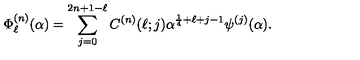
\Phi _ { \ell } ^ { ( n ) } ( \alpha ) = \sum _ { j = 0 } ^ { 2 n + 1 - \ell } C ^ { ( n ) } ( \ell ; j ) \alpha ^ { \frac { 1 } { 4 } + \ell + j - 1 } \psi ^ { ( j ) } ( \alpha ) .